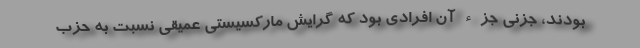
بودند، جزنی جزء آن افرادی بود كه گرایش ماركسیستی عمیقی نسبت به حزب